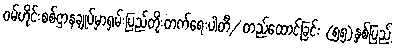
ဝမ်ဟိုင်းစစ်ဌာနချုပ်မှာရှမ်းပြည်တိုးတက်ရေးပါတီ/ တည်ထောင်ခြင်း (၅၅)နှစ်ပြည့်